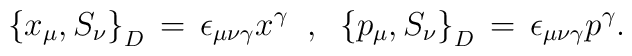
\left\{ x_\mu , S_\nu \right\}_D \,=\,\epsilon_{\mu \nu \gamma} x^\gamma \;\; ,\;\;\left\{ p_\mu , S_\nu \right\}_D \,=\, \epsilon_{\mu \nu\gamma}p^\gamma.